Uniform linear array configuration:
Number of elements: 12
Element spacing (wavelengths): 0.5
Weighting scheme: kaiser
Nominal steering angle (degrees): -15
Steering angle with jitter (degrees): -16.599
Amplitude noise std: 0.05
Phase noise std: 0.05

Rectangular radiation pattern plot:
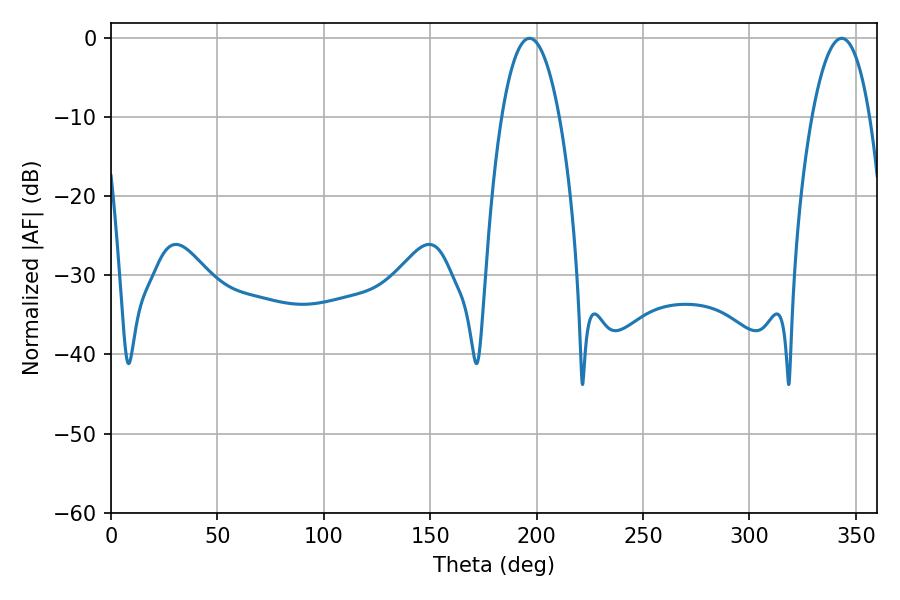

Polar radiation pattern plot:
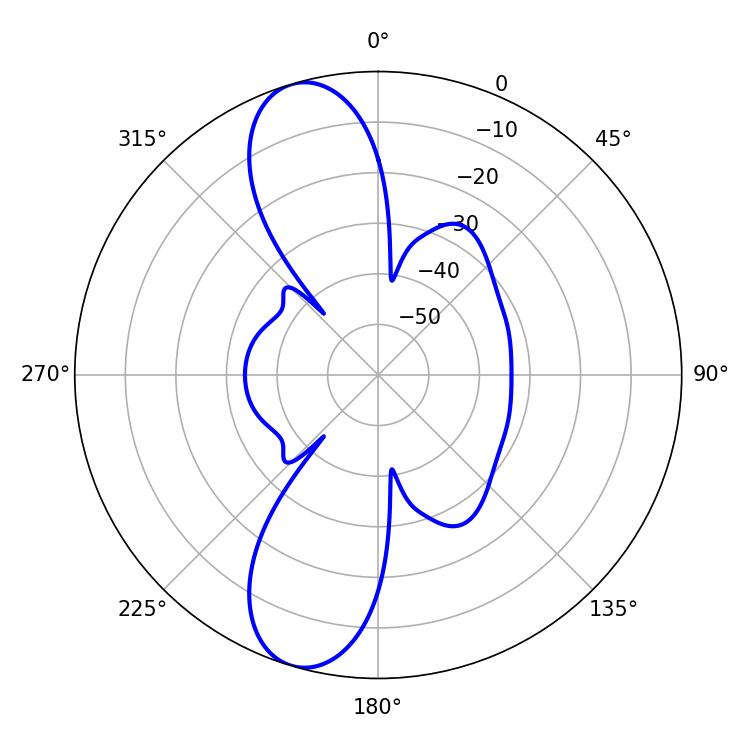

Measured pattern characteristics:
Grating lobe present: FALSE
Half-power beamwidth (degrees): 14.94
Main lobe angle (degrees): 196.74